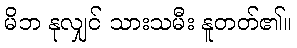
မိဘ နုလျှင် သားသမီး နူတတ်၏။